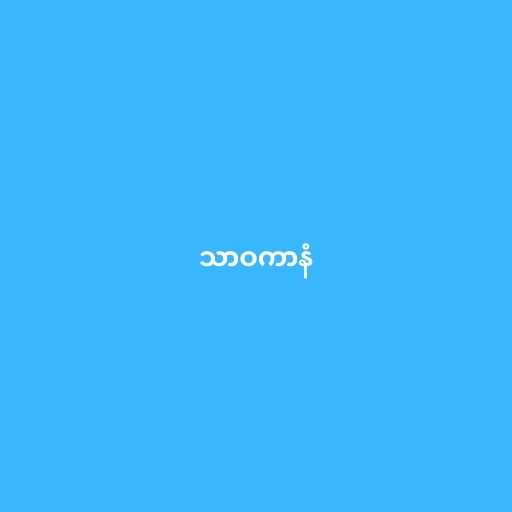
သာဝကာနံ